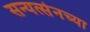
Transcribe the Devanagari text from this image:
सन्यत्सेनच्या